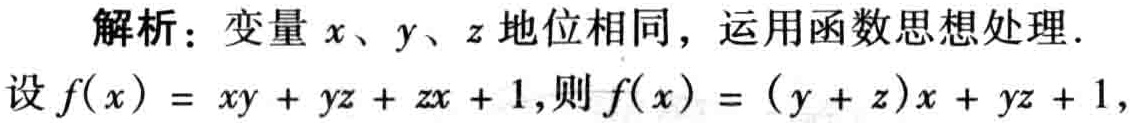
解析：变量\(x\)、\(y\)、\(z\)地位相同，运用函数思想处理.
设\(f(x)=xy + yz + zx + 1\)，则\(f(x)=(y + z)x + yz + 1\)，